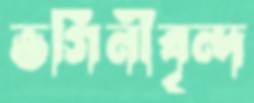
ভগিনীবৃন্দ